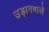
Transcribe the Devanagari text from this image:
उड़ानवाले